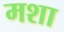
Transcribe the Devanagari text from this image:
मशा